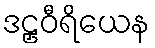
ဒဠှဝီရိယေန